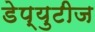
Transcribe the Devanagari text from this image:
डेप्युटीज